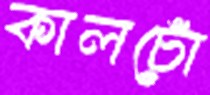
কালচোঁ